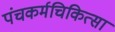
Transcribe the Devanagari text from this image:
पंचकर्मचिकित्सा